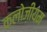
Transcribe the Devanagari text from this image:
कलोज़ीयम